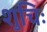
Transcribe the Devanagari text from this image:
शुचिः